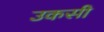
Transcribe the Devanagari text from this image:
उकसी